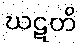
ဃဋတိ